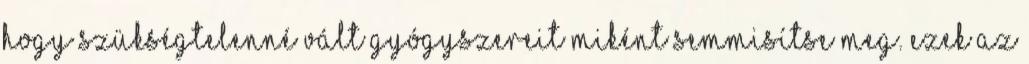
hogy szükségtelenné vált gyógyszereit miként semmisítse meg. Ezek az